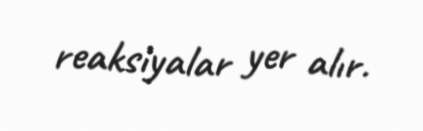
reaksiyalar yer alır.